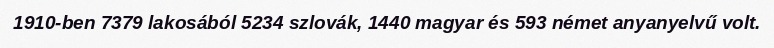
1910-ben 7379 lakosából 5234 szlovák, 1440 magyar és 593 német anyanyelvű volt.